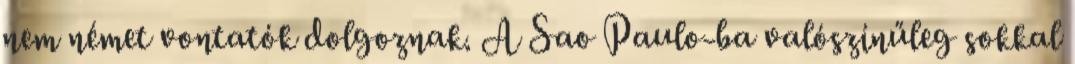
nem német vontatók dolgoznak. A Sao Paulo-ba valószínűleg sokkal